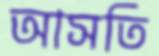
আসতি